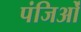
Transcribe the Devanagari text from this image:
पंजिओं